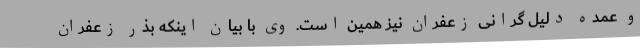
و عمده دلیل گرانی زعفران نیز همین است. وی با بیان اینکه بذر زعفران